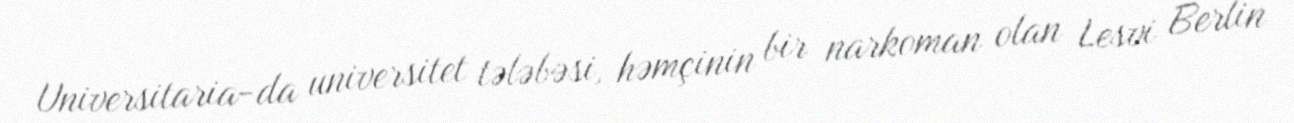
Universitaria-da universitet tələbəsi, həmçinin bir narkoman olan Lesvi Berlin